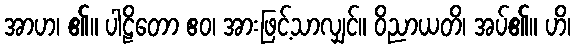
အာဟ၊ ၏။ ပါဠိတော ဧဝ၊ အားဖြင့်သာလျှင်။ ဝိညာယတိ၊ အပ်၏။ ဟိ၊